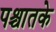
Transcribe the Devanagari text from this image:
पश्चातके